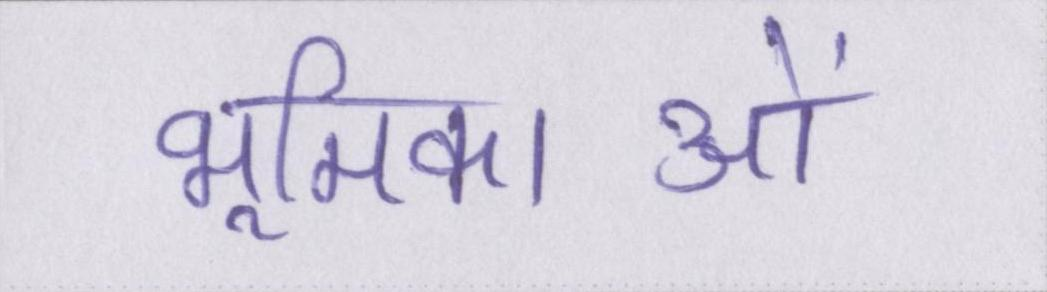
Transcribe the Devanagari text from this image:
भूमिकाओं